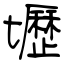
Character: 壢